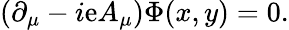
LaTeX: (\partial_{\mu}-i\mathrm{e}A_{\mu})\Phi(x,y)=0.